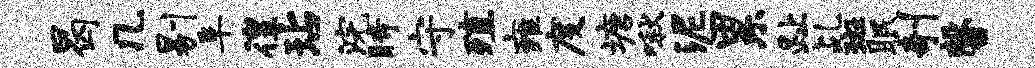
曷几剔阜徨玷浣时守殖雍度塘啾泥累趾乩斑眠剞馨